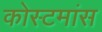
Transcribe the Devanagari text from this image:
कोस्टमांस